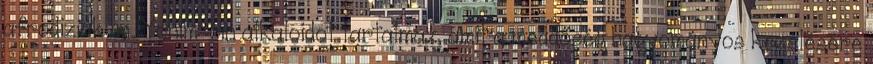
afrodiziákum. Yohim-bin alkaloidot tartalmaz, amit a meddőség hagyományos kezelésére